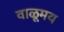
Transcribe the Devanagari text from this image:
वाळूमय